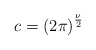
\begin{align*}c = {\left( 2\pi \right)}^{\frac {\nu} {2}}\end{align*}